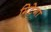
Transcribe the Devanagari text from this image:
मिटेगा